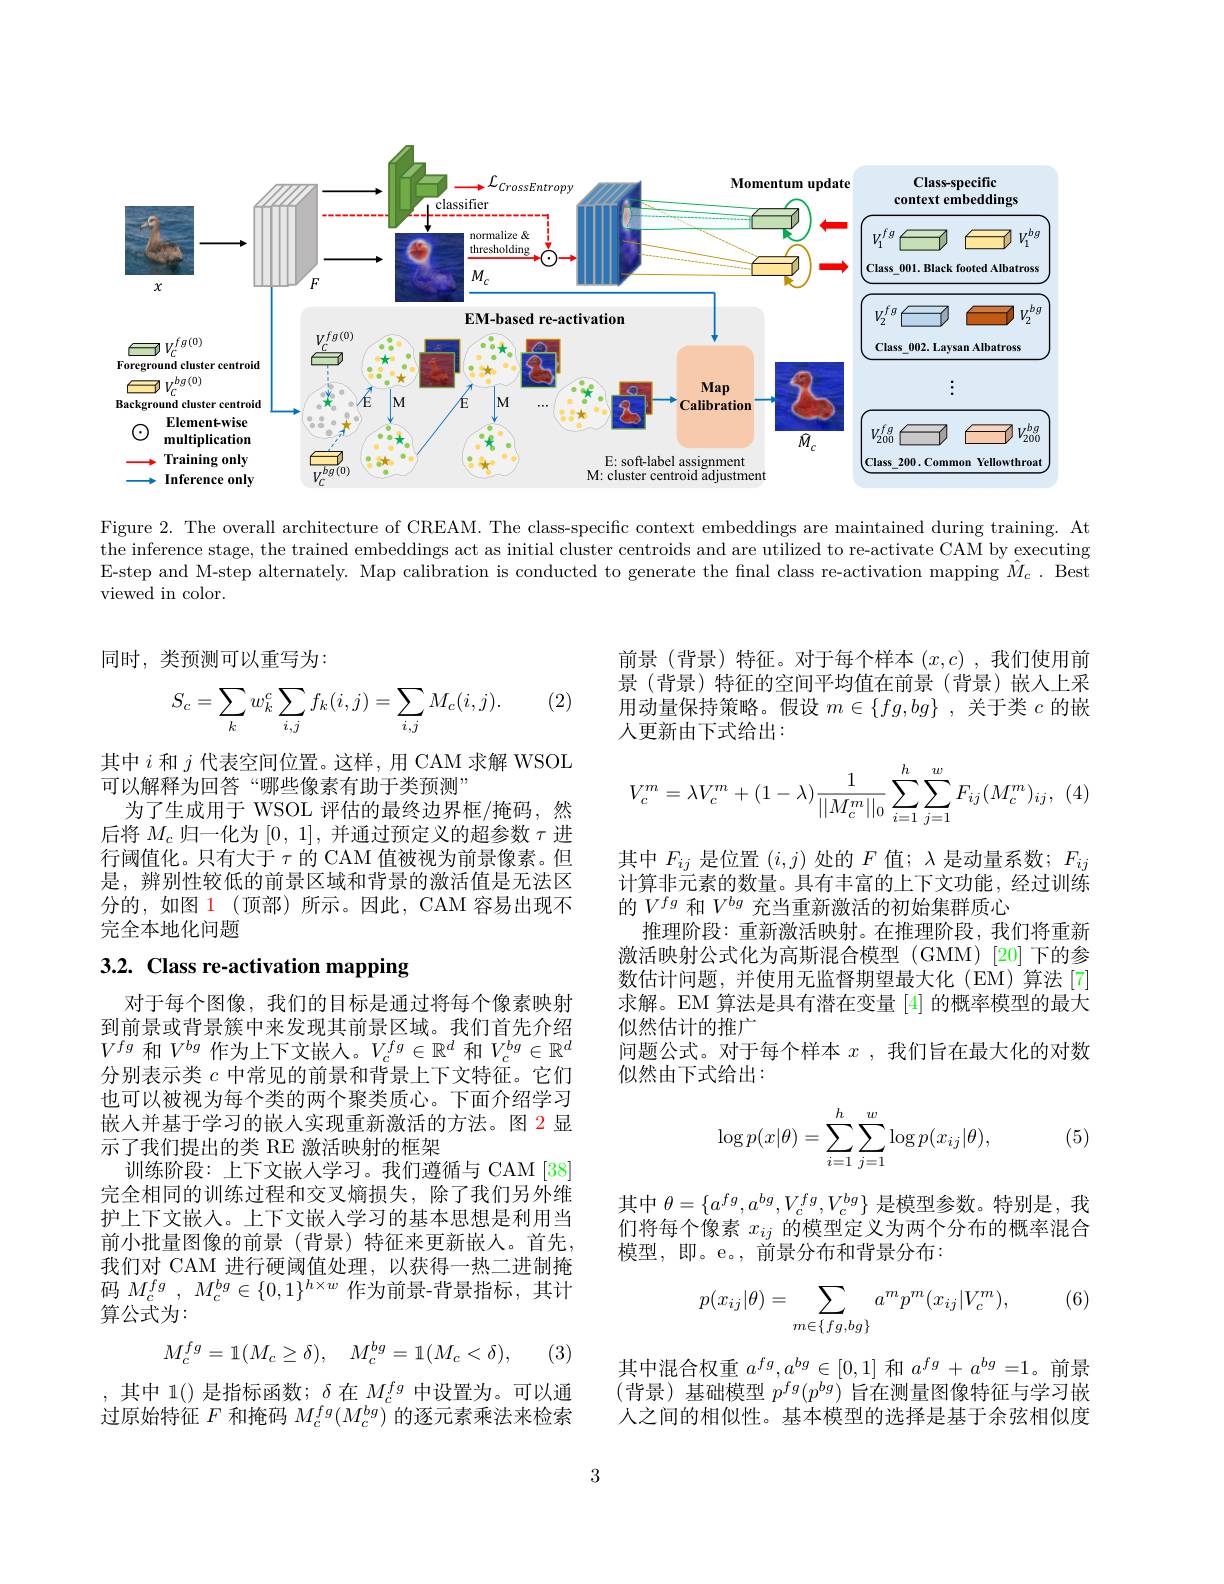
<FigureHere>

Figure 2. The overall architecture of CREAM. The class-specific context embeddings are maintained during training. At the inference stage, the trained embeddings act as initial cluster centroids and are utilized to re-activate CAM by executing E-step and M-step alternately. Map calibration is conducted to generate the final class re-activation mapping $\hat{M}_c.$ Best viewed in color.

同时，类预测可以重写为：

前景 (背景) 特征。对于每个样本$(x,c)$ ,我们使用前景(背景)特征的空间平均值在前景(背景)嵌人上采用动量保持策略。假设$m\in\{fg,bg\}$ ,关于类$c$的嵌人更新由下式给出：

(2)
$$S_c=\sum_kw_k^c\sum_{i,j}f_k(i,j)=\sum_{i,j}M_c(i,j).$$
$$V_c^m=\lambda V_c^m+(1-\lambda)\frac{1}{||M_c^m||_0}\sum_{i=1}^h\sum_{j=1}^wF_{ij}(M_c^m)_{ij},$$
其中$i$和$j$代表空间位置。这样，用 CAM 求解 WSOL
可以解释为回答“哪些像素有助于类预测”
为了生成用于 WSOL 评估的最终边界框/掩码，然后将$M_c$归一化为[0,1],并通过预定义的超参数$\tau$进行阈值化。只有大于$\tau$的 CAM 值被视为前景像素。但是，辨别性较低的前景区域和背景的激活值是无法区分的，如图 1 (顶部) 所示。因此，CAM 容易出现不完全本地化问题

# 3.2. Class re-activation mapping

其中$F_ij$是位置$(i,j)$处的$F$值；$\lambda$是动量系数$;F_ij$ 计算非元素的数量。具有丰富的上下文功能，经过训练的$V^{fg}$和$V^{bg}$充当重新激活的初始集群质心
推理阶段：重新激活映射。在推理阶段，我们将重新激活映射公式化为高斯混合模型(GMM)[20]下的参数估计问题，并使用无监督期望最大化(EM)算法[7] 求解。EM 算法是具有潜在变量 [4] 的概率模型的最大似然估计的推广
问题公式。对于每个样本$x$ ,我们旨在最大化的对数
似然由下式给出：

, (5)
$$\begin{aligned}\log p(x|\theta)=\sum_{i=1}^h\sum_{j=1}^w\log p(x_{ij}|\theta),\end{aligned}$$
对于每个图像，我们的目标是通过将每个像素映射到前景或背景簇中来发现其前景区域。我们首先介绍$V^{fg}$和$V^bg$作为上下文嵌人。$V_c^fg\in\mathbb{R}^d$和$V_c^bg\in\mathbb{R}^d$ 分别表示类$c$中常见的前景和背景上下文特征。它们也可以被视为每个类的两个聚类质心。下面介绍学习嵌入并基于学习的嵌人实现重新激活的方法。图 2 显示了我们提出的类 RE 激活映射的框架
训练阶段：上下文嵌人学习。我们遵循与 CAM [38] 完全相同的训练过程和交叉熵损失，除了我们另外维护上下文嵌人。上下文嵌入学习的基本思想是利用当前小批量图像的前景(背景)特征来更新嵌人。首先， 我们对 CAM 进行硬阈值处理，以获得一热二进制掩码$M_c^{fg}$ , $M_c^{bg}\in \{ 0, 1\} ^{h\times w}$作为前景-背景指标，其计算公式为：

其中$\theta=\{a^fg,a^{bg},V_c^{fg},V_c^{bg}\}$是模型参数。特别是，我们将每个像素$x_{ij}$的模型定义为两个分布的概率混合模型，即。e。,前景分布和背景分布：

(6)
$$\begin{aligned}p(x_{ij}|\theta)=\sum_{m\in\{fg,bg\}}a^mp^m(x_{ij}|V_c^m),\end{aligned}$$
$$M_c^{fg}=\mathbb{1}(M_c\geq\delta),\quad M_c^{bg}=\mathbb{1}(M_c<\delta),$$
(3)

其中混合权重$a^fg,a^{bg}\in[0,1]$和$a^fg+a^{bg}=1$。前景(背景)基础模型 $p^fg(p^{bg})$ 旨在测量图像特征与学习嵌人之间的相似性。基本模型的选择是基于余弦相似度

,其中 1()是指标函数；$\delta$在$M_c^fg$ 中设置为。可以通过原始特征$F$和掩码$M_c^{fg}(M_c^{bg})$的逐元素乘法来检索

3